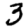
Digit: 3